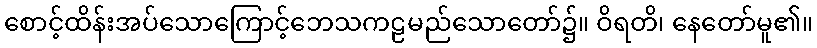
စောင့်ထိန်းအပ်သောကြောင့်ဘေသကဠမည်သောတော်၌။ ဝိရတိ၊ နေတော်မူ၏။